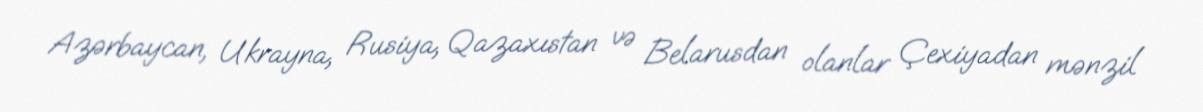
Azərbaycan, Ukrayna, Rusiya, Qazaxıstan və Belarusdan olanlar Çexiyadan mənzil